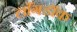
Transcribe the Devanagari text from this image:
लाँगडॉक